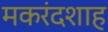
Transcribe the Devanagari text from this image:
मकरंदशाह